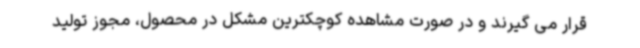
قرار می گیرند و در صورت مشاهده کوچکترین مشکل در محصول، مجوز تولید